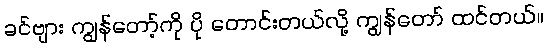
ခင်ဗျား ကျွန်တော့်ကို ပို တောင်းတယ်လို့ ကျွန်တော် ထင်တယ်။